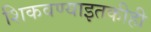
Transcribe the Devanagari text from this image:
शिकवण्याइतकीही